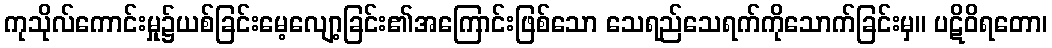
ကုသိုလ်ကောင်းမှု၌ယစ်ခြင်းမေ့လျော့ခြင်း၏အကြောင်းဖြစ်သော သေရည်သေရက်ကိုသောက်ခြင်းမှ။ ပဋိဝိရတော၊